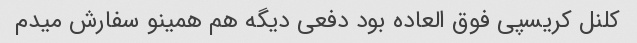
کلنل کریسپی فوق العاده بود دفعی دیگه هم همینو سفارش میدم